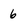
Character: 6